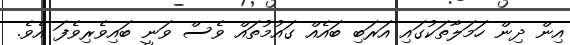
އިން ދިން ހަމަލާތަކުގައި އަރަބި ބައެއް ގައުމުތައް ވެސް ވަނީ ބައިވެރިވެފަ އެވެ.